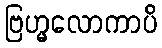
ဗြဟ္မလောကာပိ